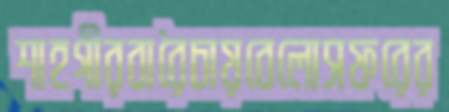
শাহগীরবারৈচায়বেলোসফরের